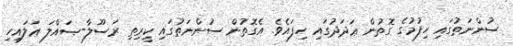
ސުންނަތުގައި ހިފުމުގެ ގޮތުން ޢަދަދުގައި ހިފައެވެ. އެގޮތުން ސުންނަތުގައި ކީރިތި ރަސޫލާ-ޞައްލަ ޢަލައިހި